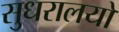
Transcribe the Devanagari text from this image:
सुधरालयों